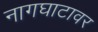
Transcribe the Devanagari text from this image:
नागघाटावर